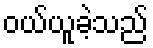
ဝယ်ယူခဲ့သည်